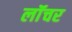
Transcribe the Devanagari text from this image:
लॉंचर